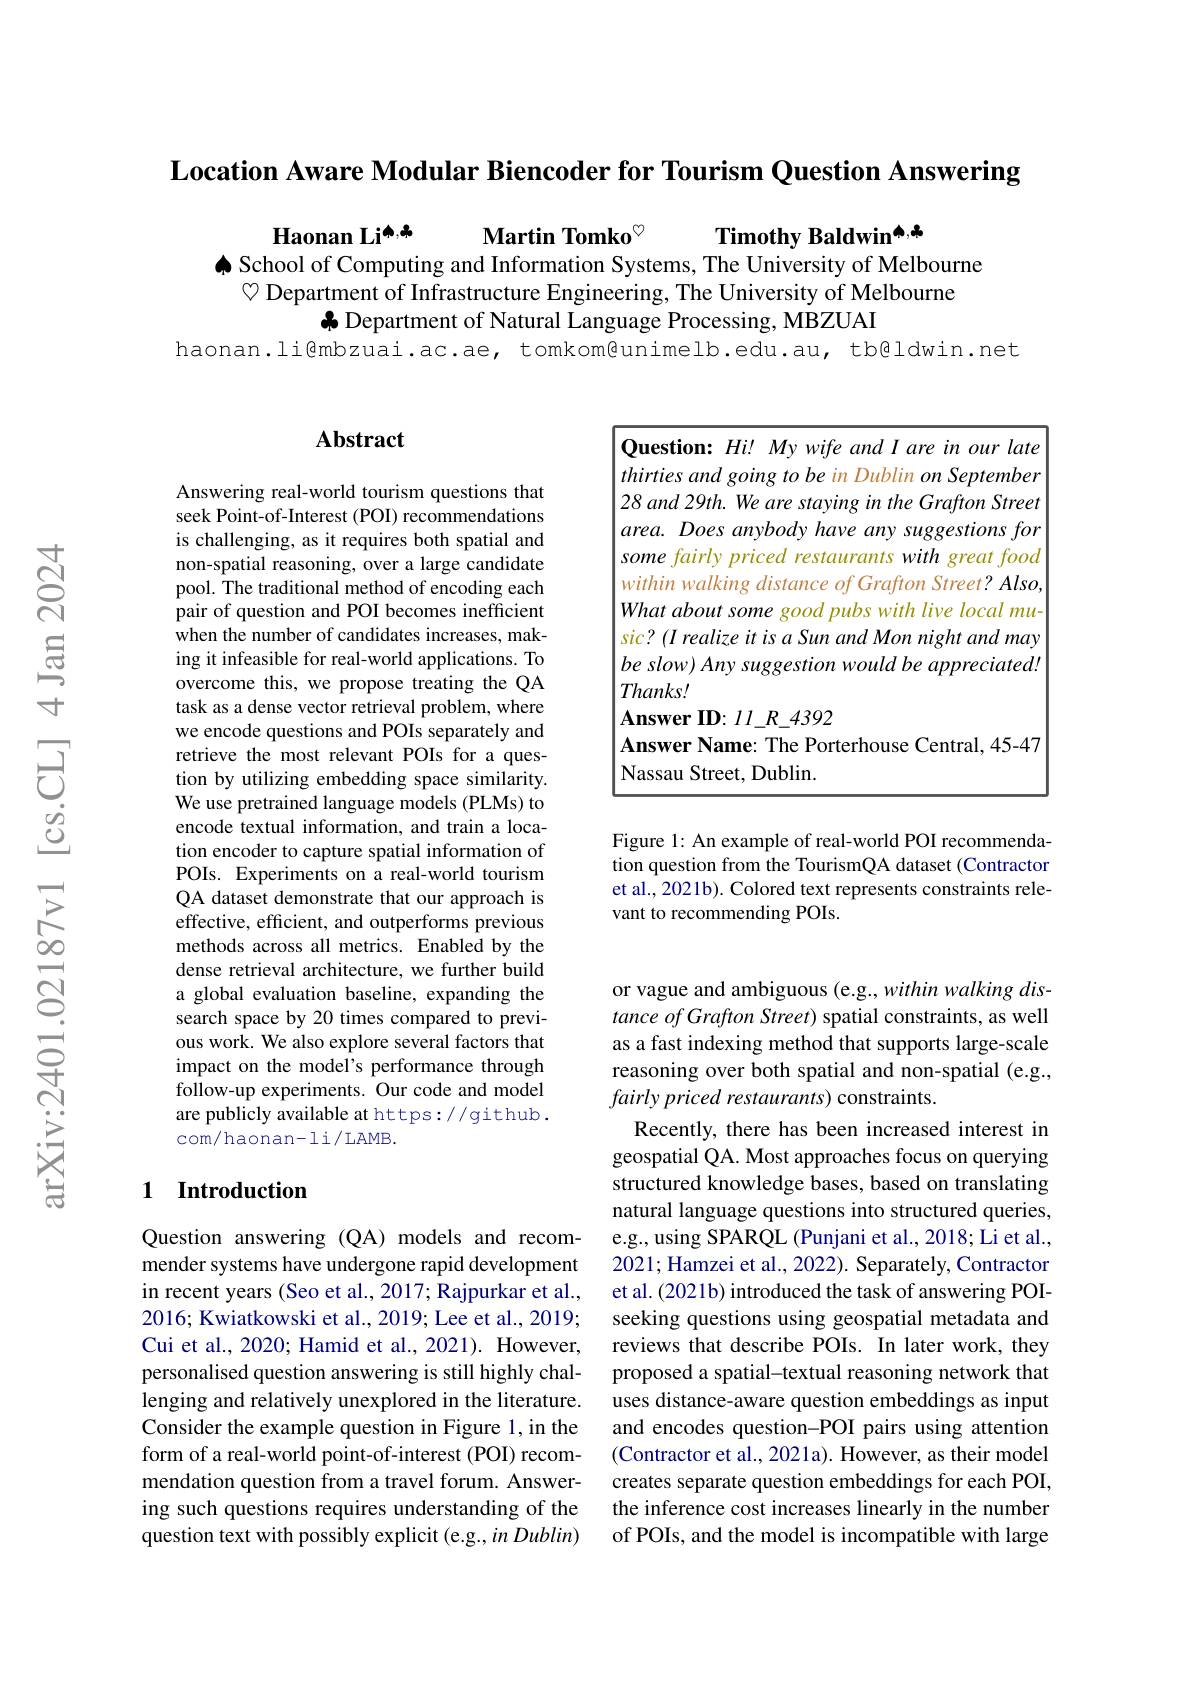
Location Aware Modular Biencoder for Tourism Question Answering

Timothy Baldwin$^{\spadesuit,\clubsuit}$
Haonan Li$^{\spadesuit,\clubsuit}$ Martin Tomko$^{\heartsuit}$
$\spadesuit$ School of Computing and Information Systems, The University of Melbourne
$\heartsuit$ Department of Infrastructure Engineering, The University of Melbourne
$\clubsuit$ Department of Natural Language Processing, MBZUAI
haonan.li@mbzuai.ac.ae, tomkom@unimelb.edu.au, tb@ldwin.net

## $\mathbf{Abstract}$

Answering real-world tourism questions that seek Point-of-Interest (POI) recommendations is challenging, as it requires both spatial and non-spatial reasoning, over a large candidate pool. The traditional method of encoding each pair of question and POI becomes inefficient when the number of candidates increases, making it infeasible for real-world applications. To overcome this, we propose treating the QA task as a dense vector retrieval problem, where we encode questions and POIs separately and retrieve the most relevant POIs for a question by utilizing embedding space similarity. We use pretrained language models (PLMs) to encode textual information, and train a location encoder to capture spatial information of POIs. Experiments on a real-world tourism QA dataset demonstrate that our approach is effective, efficient, and outperforms previous methods across all metrics. Enabled by the dense retrieval architecture, we further build a global evaluation baseline, expanding the search space by 20 times compared to previous work. We also explore several factors that impact on the model's performance through $\hat{\text{follow-up experiments. Our code and model}}$ are publicly available at https://github . com/haonan-li/LAMB.

### 1 Introduction

Question answering (QA) models and recommender systems have undergone rapid development in recent years (Seo et al., 2017; Rajpurkar et al., 2016; Kwiatkowski et al., 2019; Lee et al., 2019; Cui et al., 2020; Hamid et al., 2021). However, personalised question answering is still highly challenging and relatively unexplored in the literature. Consider the example question in Figure 1, in the form of a real-world point-of-interest (POI) recommendation question from a travel forum. Answering such questions requires understanding of the question text with possibly explicit (e.g., in Dublin)

<table>
	<tbody>
		<tr>
			<td> </td>
			<td>hataboutsomegoodpubswithlivelocalmu</td>
		</tr>
		<tr>
			<td> </td>
			<td>$c? ( I\textit{realize it is a Sun and Mon night and may})$</td>
		</tr>
		<tr>
			<td> </td>
			<td>$eslow)Anysuggestionwouldbeappreciated.$</td>
		</tr>
		<tr>
			<td>$r$</td>
			<td>$hanks!$</td>
		</tr>
		<tr>
			<td> </td>
			<td>$\textbf{nswer ID: }ll\textit{ R 4392}$</td>
		</tr>
		<tr>
			<td> </td>
			<td>assau Street, Dublin.</td>
		</tr>
	</tbody>
</table>

Figure 1: An example of real-world POI recommendation question from the TourismQA dataset (Contractor et al., 2021b). Colored text represents constraints relevant to recommending POIs.

or vague and ambiguous (e.g., within walking distance of Grafton Street) spatial constraints, as well as a fast indexing method that supports large-scale reasoning over both spatial and non-spatial (e.g., fairly priced restaurants) constraints.
Recently, there has been increased interest in geospatial QA. Most approaches focus on querying structured knowledge bases, based on translating natural language questions into structured queries, e.g., using SPARQL (Punjani et al., 2018; Li et al., 2021; Hamzei et al., 2022). Separately, Contractor et al. (2021b) introduced the task of answering POIseeking questions using geospatial metadata and reviews that describe POIs. In later work, they proposed a spatial-textual reasoning network that uses distance-aware question embeddings as input and encodes question-POI pairs using attention (Contractor et al., 2021a). However, as their model creates separate question embeddings for each POI, the inference cost increases linearly in the number of POIs, and the model is incompatible with large